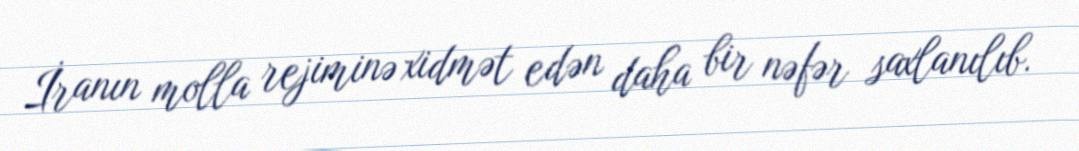
İranın molla rejiminə xidmət edən daha bir nəfər saxlanılıb.